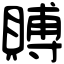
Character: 賻